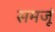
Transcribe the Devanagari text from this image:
समजूं